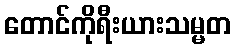
တောင်ကိုရီးယားသမ္မတ